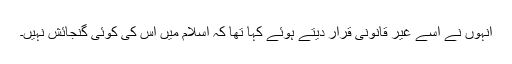
انہوں نے اسے غیر قانونی قرار دیتے ہوئے کہا تھا کہ اسلام میں اس کی کوئی گنجائش نہیں۔